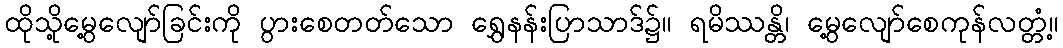
ထိုသို့မွေ့လျော်ခြင်းကို ပွားစေတတ်သော ရွှေနန်းပြာသာဒ်၌။ ရမိဿန္တိ၊ မွေ့လျော်စေကုန်လတ္တံ့။